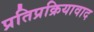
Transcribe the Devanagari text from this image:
प्रतिप्रक्रियावाद